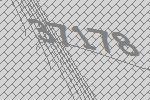
37178